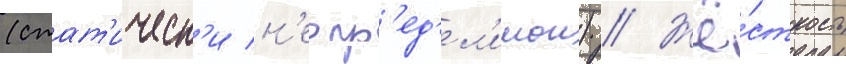
(стат'ическ'и н'еопр'ед'ел'имои) // Жё́сткость